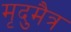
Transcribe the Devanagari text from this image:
मृदुमैत्र